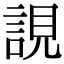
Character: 誢